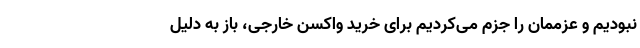
نبودیم و عزممان را جزم می‌کردیم برای خرید واکسن خارجی، باز به دلیل